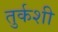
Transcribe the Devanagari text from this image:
तुर्कशी